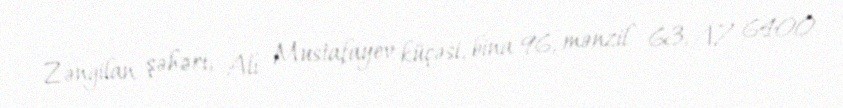
Zəngilan şəhəri, Alı Mustafayev küçəsi, bina 96, mənzil 63, AZ 6400